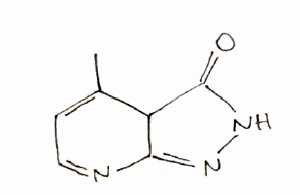
Simplified molecular-input line-entry system (SMILES) notation of the given molecule:
CC1=CC=NC2=NNC(=O)C12